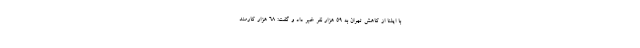
با ایلنا از کاهش تهران به ۵۹ هزار نفر خبر داد و گفت: ۶۸ هزار کارمند